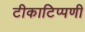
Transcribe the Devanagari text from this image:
टीकाटिप्पणी